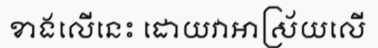
ខាងលើនេះ ដោយវាអាស្រ័យលើ